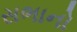
સભાનો